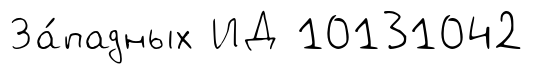
За́падных ИД 10131042